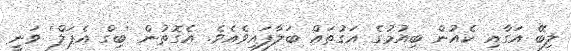
ލިބޭ އަގާއި ކެއުން ބިއުމުގެ އަގުތައް ބަލާފައިވެއެވެ. އެގޮތުން 'ބިގް އެޕަލް' ވަނީ